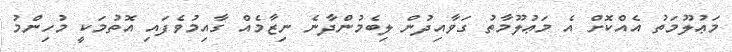
މަޢުލޫމަތު އެއްކޮށް އެ މަޢުލޫމާތު ގަވާއިދުން ލިބެމުންދާނެ ނިޒާމެއް ގާއިމުވެފައި އޮތުމަކީ މުހިންމު